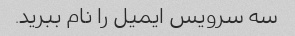
سه سرویس ایمیل را نام ببرید.